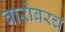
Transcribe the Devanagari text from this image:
बारोबरच